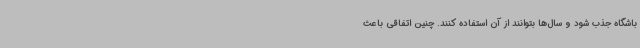
باشگاه جذب شود و سال‌ها بتوانند از آن استفاده کنند. چنین اتفاقی باعث